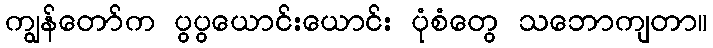
ကျွန်တော်က ပွပွယောင်းယောင်း ပုံစံတွေ သဘောကျတာ။